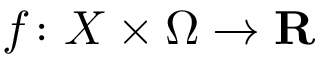
f \colon X \times \Omega \rightarrow \mathbf { R }